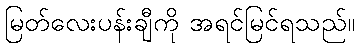
မြတ်လေးပန်းချီကို အရင်မြင်ရသည်။